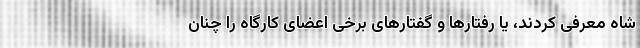
شاه معرفی کردند، یا رفتارها و گفتارهای برخی اعضای کارگاه را چنان